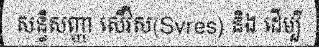
សន្ធិសញ្ញា សើវីស(Svres) និង ដើម្បី